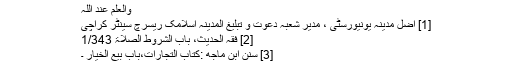
والعلم عند اللہ
[1] اضل مدینہ یونیورسٹی ، مدیر شعبہ دعوت و تبلیغ المدینہ اسلامک ریسرچ سینٹر کراچی
[2] فقہ الحدیث، باب الشروط الصلاۃ 1/343
[3] سنن ابن ماجه :کتاب التجارات،باب بيع الخيار ۔